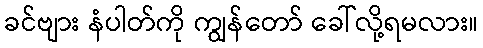
ခင်ဗျား နံပါတ်ကို ကျွန်တော် ခေါ်လို့ရမလား။